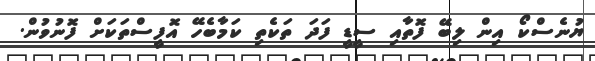
ޔުނެސްކޯ އިން ލިބޭ ފޮތާއި ސީޑީ ފަދަ ތަކެތި ކަމާބެހޭ އޮފީސްތަކަށް ފޮނުވުން.